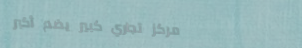
مركز تجاري كبير يضم أكبر